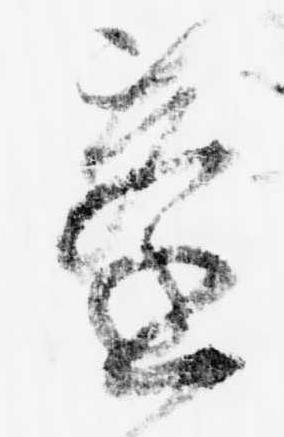
蓬